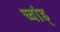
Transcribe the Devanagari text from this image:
च्वांड्